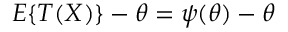
E \{ T ( X ) \} - \theta = \psi ( \theta ) - \theta